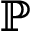
\mathbb { P }